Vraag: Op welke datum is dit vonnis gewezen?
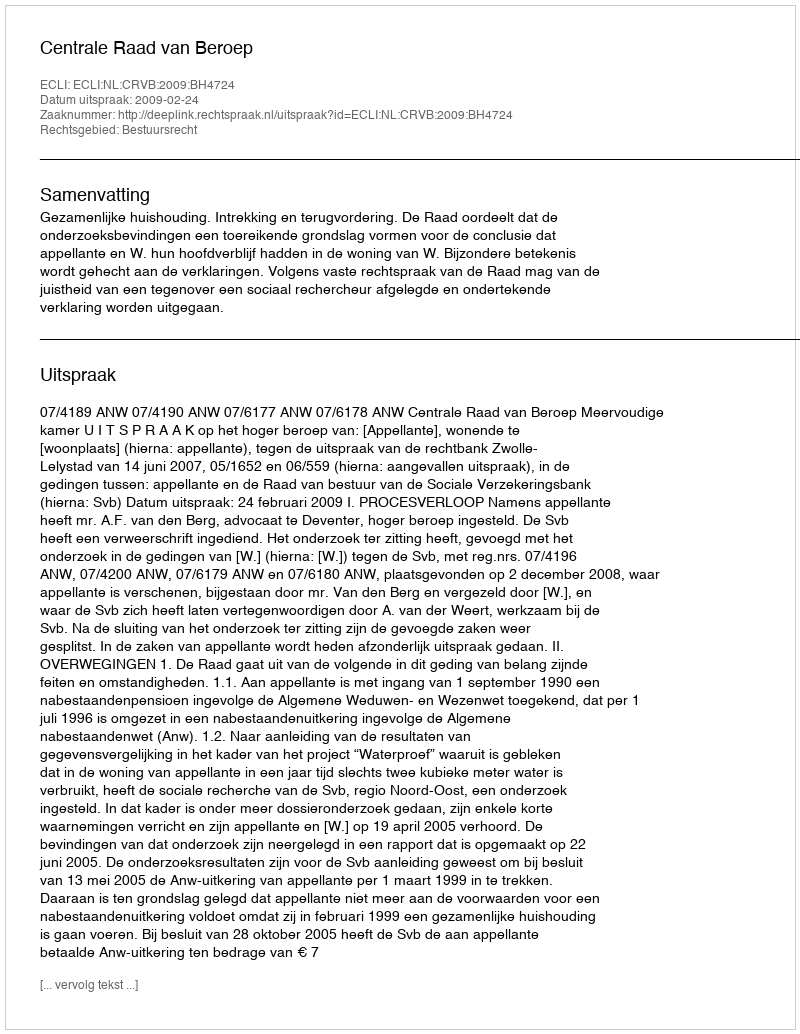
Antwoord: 2009-02-24